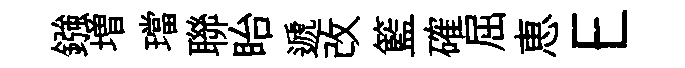
鏹増璫聯眙遞改籃確屈恵E